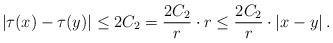
LaTeX: \begin{align*} |\tau(x) - \tau(y)| \leq 2 C_2 = \frac{2 C_2}{r} \cdot r \leq \frac{2 C_2}{r} \cdot |x-y| \, . \end{align*}